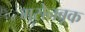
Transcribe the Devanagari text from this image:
मसेनब्रूक